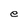
Character: e